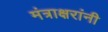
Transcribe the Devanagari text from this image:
मंत्राक्षरांनी